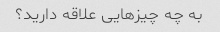
به چه چیزهایی علاقه دارید؟